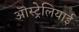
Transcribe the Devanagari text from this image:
ऒस्ट्रेलियाई